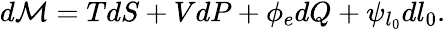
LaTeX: \begin{array}{r}{d\mathcal{M}=TdS+VdP+\phi_{e}dQ+\psi_{l_{0}}dl_{0}.}\end{array}